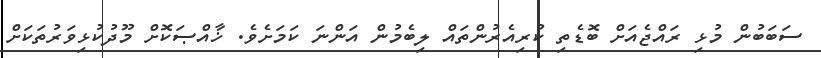
ސަބަބުން މުޅި ރައްޖެއަށް ބޮޑެތި ކުރިއެރުންތައް ލިބެމުން އަންނަ ކަމަށެވެ. ޚާއްޞަކޮށް މޫދުކުޅިވަރުތަކަށް